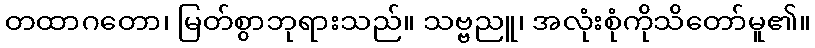
တထာဂတော၊ မြတ်စွာဘုရားသည်။ သဗ္ဗညူ၊ အလုံးစုံကိုသိတော်မူ၏။